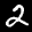
Label: 2